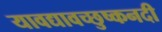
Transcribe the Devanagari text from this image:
यावद्यावच्छुष्कनदी